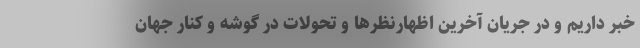
خبر داریم و در جریان آخرین اظهارنظرها و تحولات در گوشه و کنار جهان